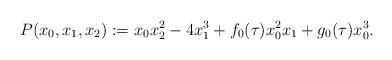
LaTeX: \begin{align*}P(x_0,x_1,x_2):=x_0x_2^2-4x_1^3+f_0(\tau)x_0^2x_1+g_0(\tau)x_0^3.\end{align*}